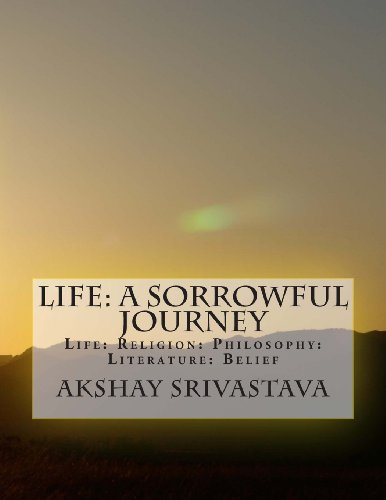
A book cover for Life: A Sorrowful Journey: Religion: Philosophy: Literature: Belief; Akshay Srivastava; Religion & Spirituality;